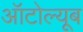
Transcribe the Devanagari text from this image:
ऑटोल्यूब